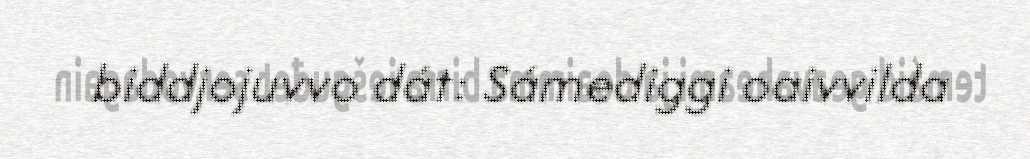
biddjojuvvo dát: Sámediggi oaivvilda